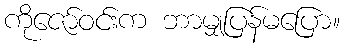
ကိုဇော်ဝင်းက ဘာမျှပြန်မပြော။